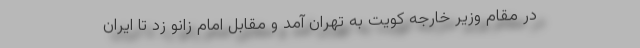
در مقام وزیر خارجه کویت به تهران آمد و مقابل امام زانو زد تا ایران